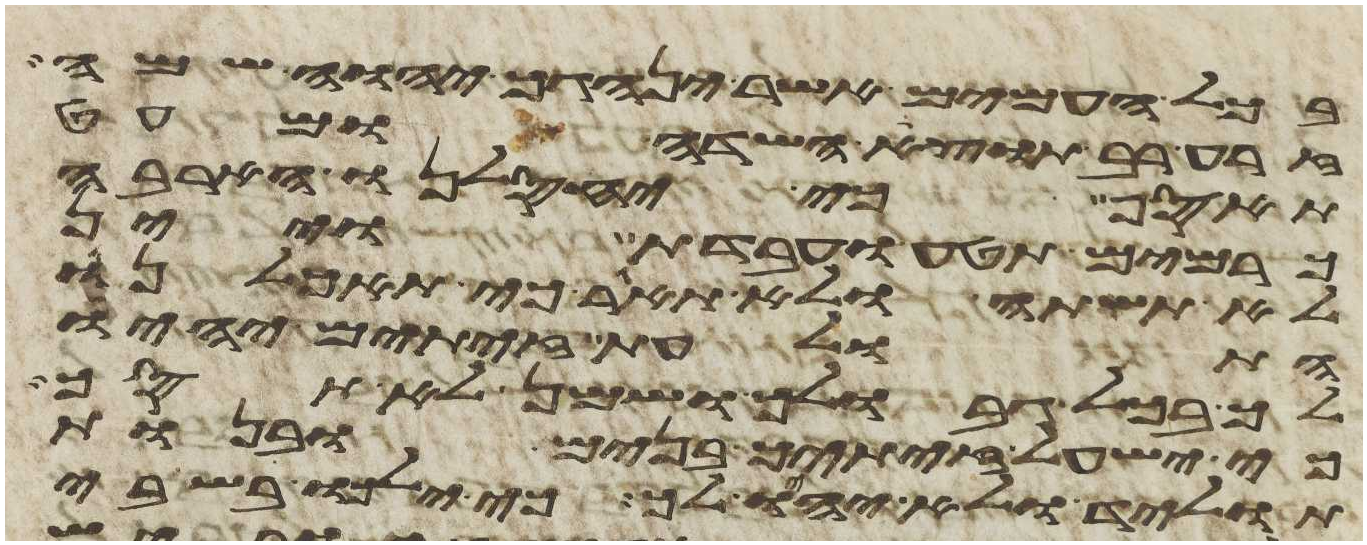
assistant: בכל העמים אשר ינהגך יהוה שמה
זרע רב תוצא השדה ומעט
תאסף כי יחסלנו הארבה
כרמים תטע ועבדת ויין
לא תשתה ולא תאגר כי תאכלנו
התולעת זיתים יהיו
לך בכל גבולך ושמן לא תסך
כי ישעל זיתיך בנים ובנות
תוליד ולא יהיו לך כי ילכו בשבי